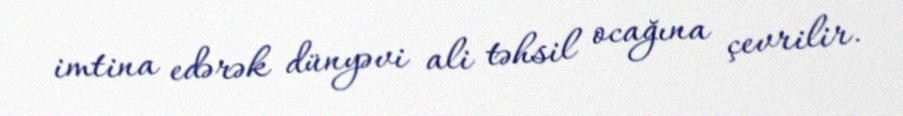
imtina edərək dünyəvi ali təhsil ocağına çevrilir.